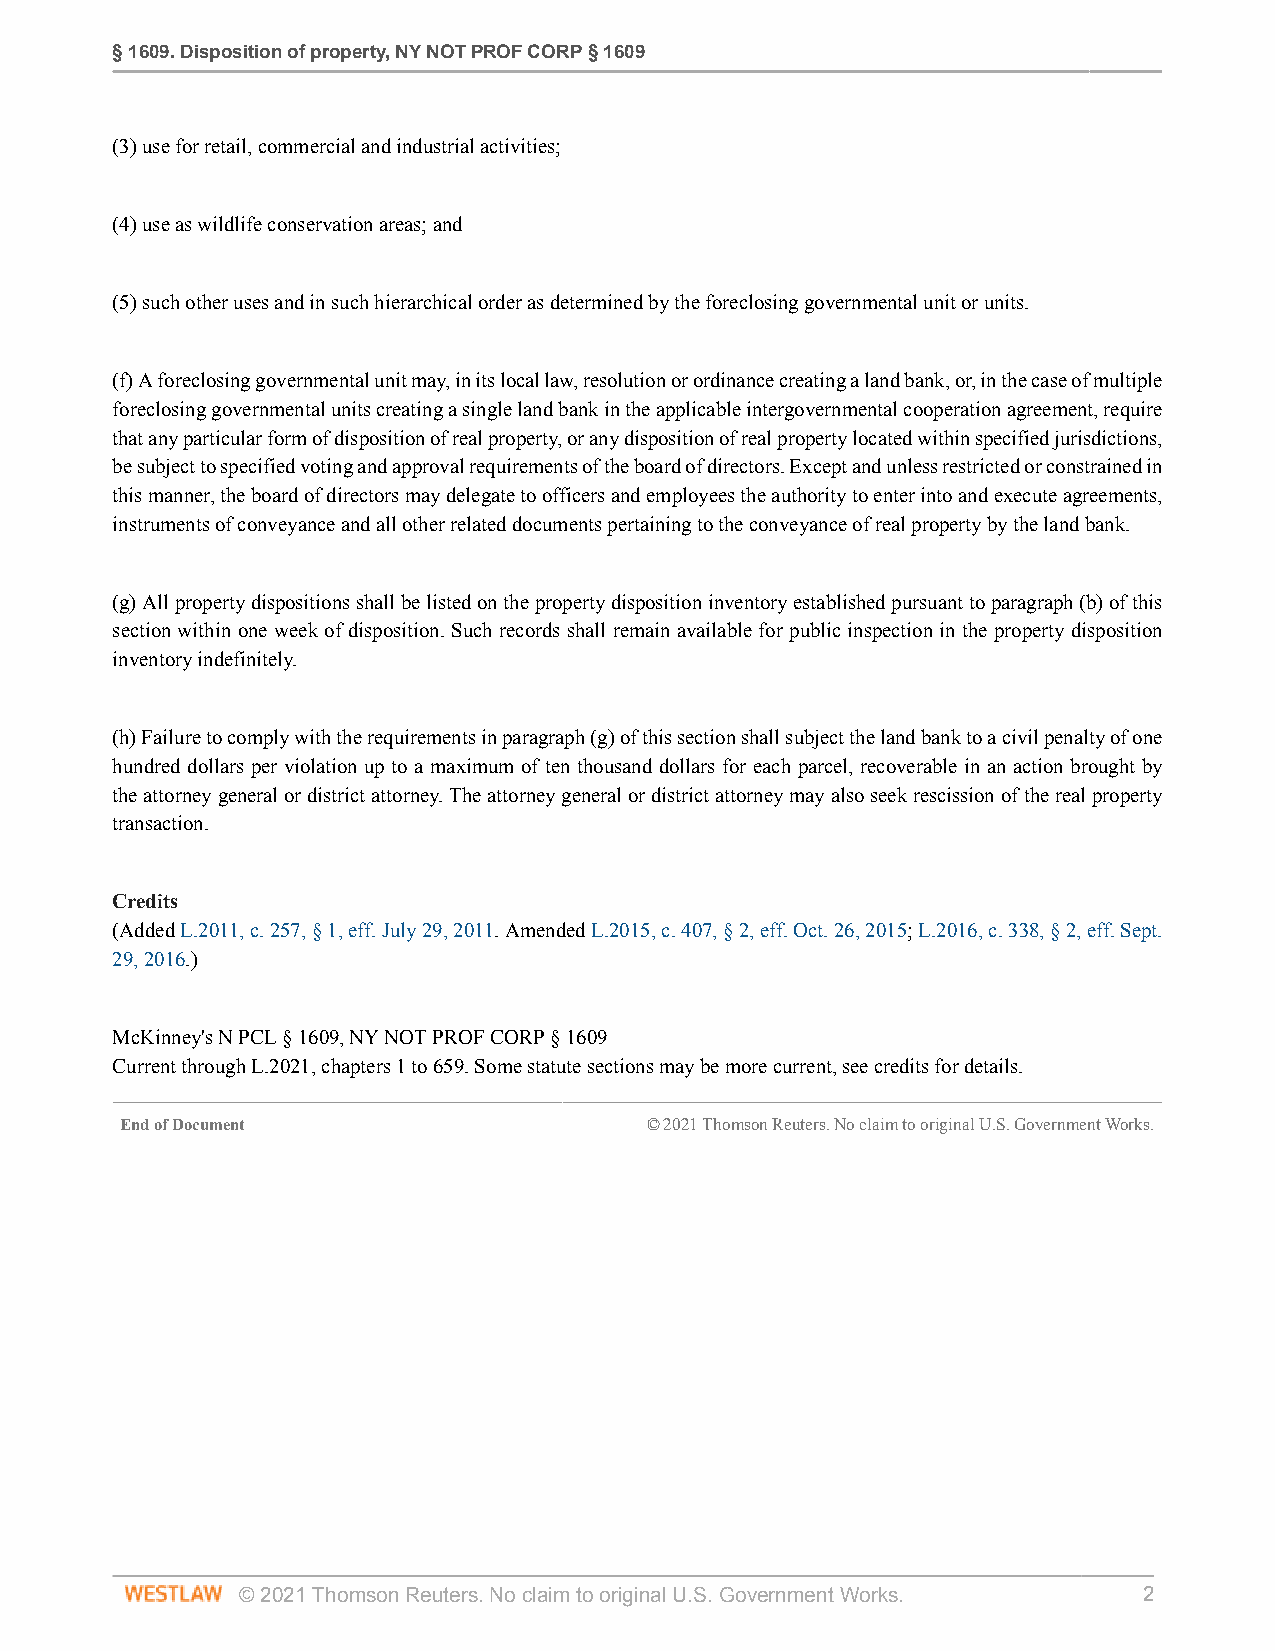
§ 1609. Disposition of property, NY NOT PROF CORP § 1609
 (3) use for retail, commercial and industrial activities;
 (4) use as wildlife conservation areas; and
 (5) such other uses and in such hierarchical order as determined by the foreclosing governmental unit or units.
 (f) A foreclosing governmental unit may, in its local law, resolution or ordinance creating a land bank, or, in the case of multiple
 foreclosing governmental units creating a single land bank in the applicable intergovernmental cooperation agreement, require
 that any particular form of disposition of real property, or any disposition of real property located within specified jurisdictions,
 be subject to specified voting and approval requirements of the board of directors. Except and unless restricted or constrained in
 this manner, the board of directors may delegate to officers and employees the authority to enter into and execute agreements,
 instruments of conveyance and all other related documents pertaining to the conveyance of real property by the land bank.
 (g) All property dispositions shall be listed on the property disposition inventory established pursuant to paragraph (b) of this
 section within one week of disposition. Such records shall remain available for public inspection in the property disposition
 inventory indefinitely.
 (h) Failure to comply with the requirements in paragraph (g) of this section shall subject the land bank to a civil penalty of one
 hundred dollars per violation up to a maximum of ten thousand dollars for each parcel, recoverable in an action brought by
 the attorney general or district attorney. The attorney general or district attorney may also seek rescission of the real property
 transaction.
 Credits
 (Added L.2011, c. 257, § 1, eff. July 29, 2011. Amended L.2015, c. 407, § 2, eff. Oct. 26, 2015; L.2016, c. 338, § 2, eff. Sept.
 29, 2016.)
 McKinney's N PCL § 1609, NY NOT PROF CORP § 1609
 Current through L.2021, chapters 1 to 659. Some statute sections may be more current, see credits for details.
 End of Document                    © 2021 Thomson Reuters. No claim to original U.S. Government Works.
 © 2021 Thomson Reuters. No claim to original U.S. Government Works. 2